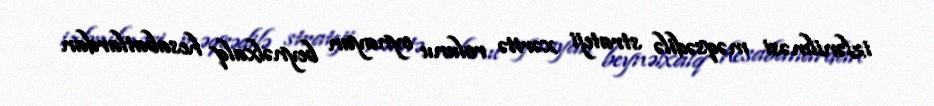
izlənilməsi məqsədilə strateji xəritə rolunu oynayan beynəlxalq hesabatlardan